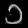
Digit: ၁